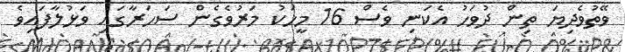
ވޭތުވެދިޔަ ތިން ދުވަހު އެކަނި ވެސް 16 މީހަކު މަރުވެގެން ސަހަރާގައި ވަޅުލާފައިވެ